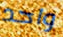
واحد